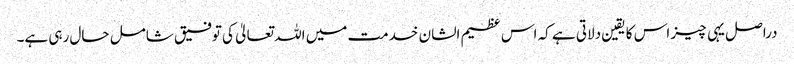
دراصل یہی چیز اس کا یقین دلاتی ہے کہ اس عظیم الشان خدمت میں اللہ تعالیٰ کی توفیق شامل حال رہی ہے۔